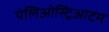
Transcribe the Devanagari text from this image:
पेलिओस्ट्रिआटम